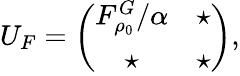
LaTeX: U_{F}=\left(\begin{array}{cc}{F_{\rho_{0}}^{G}/\alpha}&{\star}\\ {\star}&{\star}\end{array}\right),